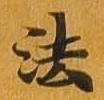
法